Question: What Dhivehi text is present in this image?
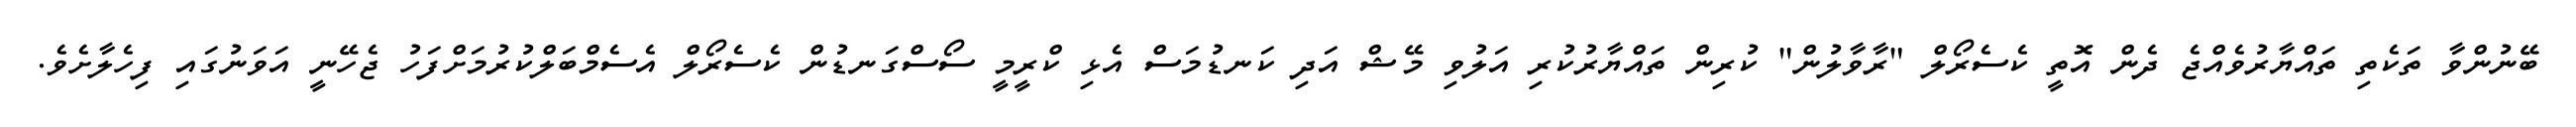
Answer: ބޭނުންވާ ތަކެތި ތައްޔާރުވެއްޖެ ދެން އޮތީ ކެސެރޯލް "ރާވާލުން" ކުރިން ތައްޔާރުކުރި އަލުވި މޭޝް އަދި ކަނޑުމަސް އެޅި ކްރީމީ ސޯސްގަނޑުން ކެސެރޯލް އެސެމްބަލްކުރުމަށްފަހު ޖެހޭނީ އަވަނުގައި ފިހެލާށެވެ.